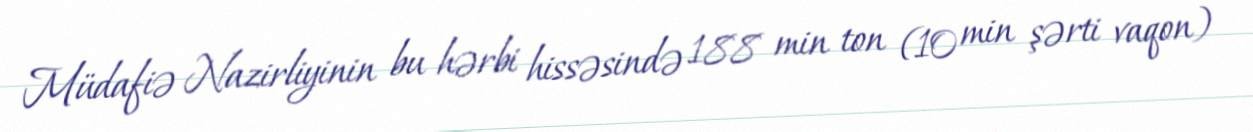
Müdafiə Nazirliyinin bu hərbi hissəsində 188 min ton (10 min şərti vaqon)